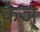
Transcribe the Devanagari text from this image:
केञ्